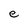
Character: e